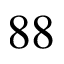
8 8